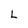
Character: L